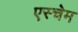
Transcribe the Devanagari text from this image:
एस्चेम